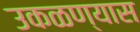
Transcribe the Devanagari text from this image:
उकळण्यास